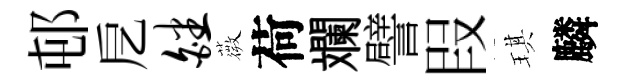
邨戹皤薇荷斕譬叚琪麟